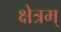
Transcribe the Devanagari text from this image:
क्षेत्रम्